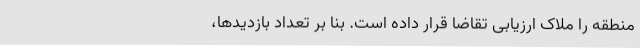
منطقه را ملاک ارزیابی تقاضا قرار داده است. بنا بر تعداد بازدیدها،